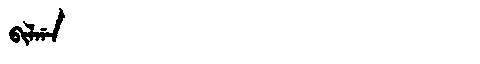
Manchu: ᠪᡳᠯᡤᠠ
Romanization: BILGA